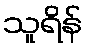
သူရိန်